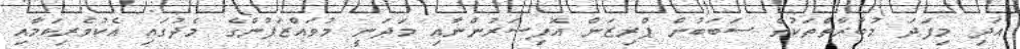
އަދި މިފަދަ މުބާރާތްތަކުގެ ސަބަބުން ޕްރިޒަން އޮފިސަރުންނާއި މަދަނީ މުވައްޒަފުންގެ މެދުގައި އެކުވެރިކަމާއި